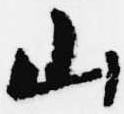
山